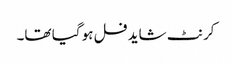
کرنٹ شاید فل ہو گیا تھا۔